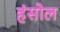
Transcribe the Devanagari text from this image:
हंसोल